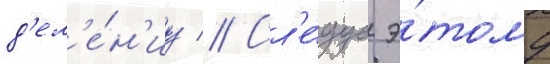
д'ел'е́н'иу // Сл'е́дуа э́тому